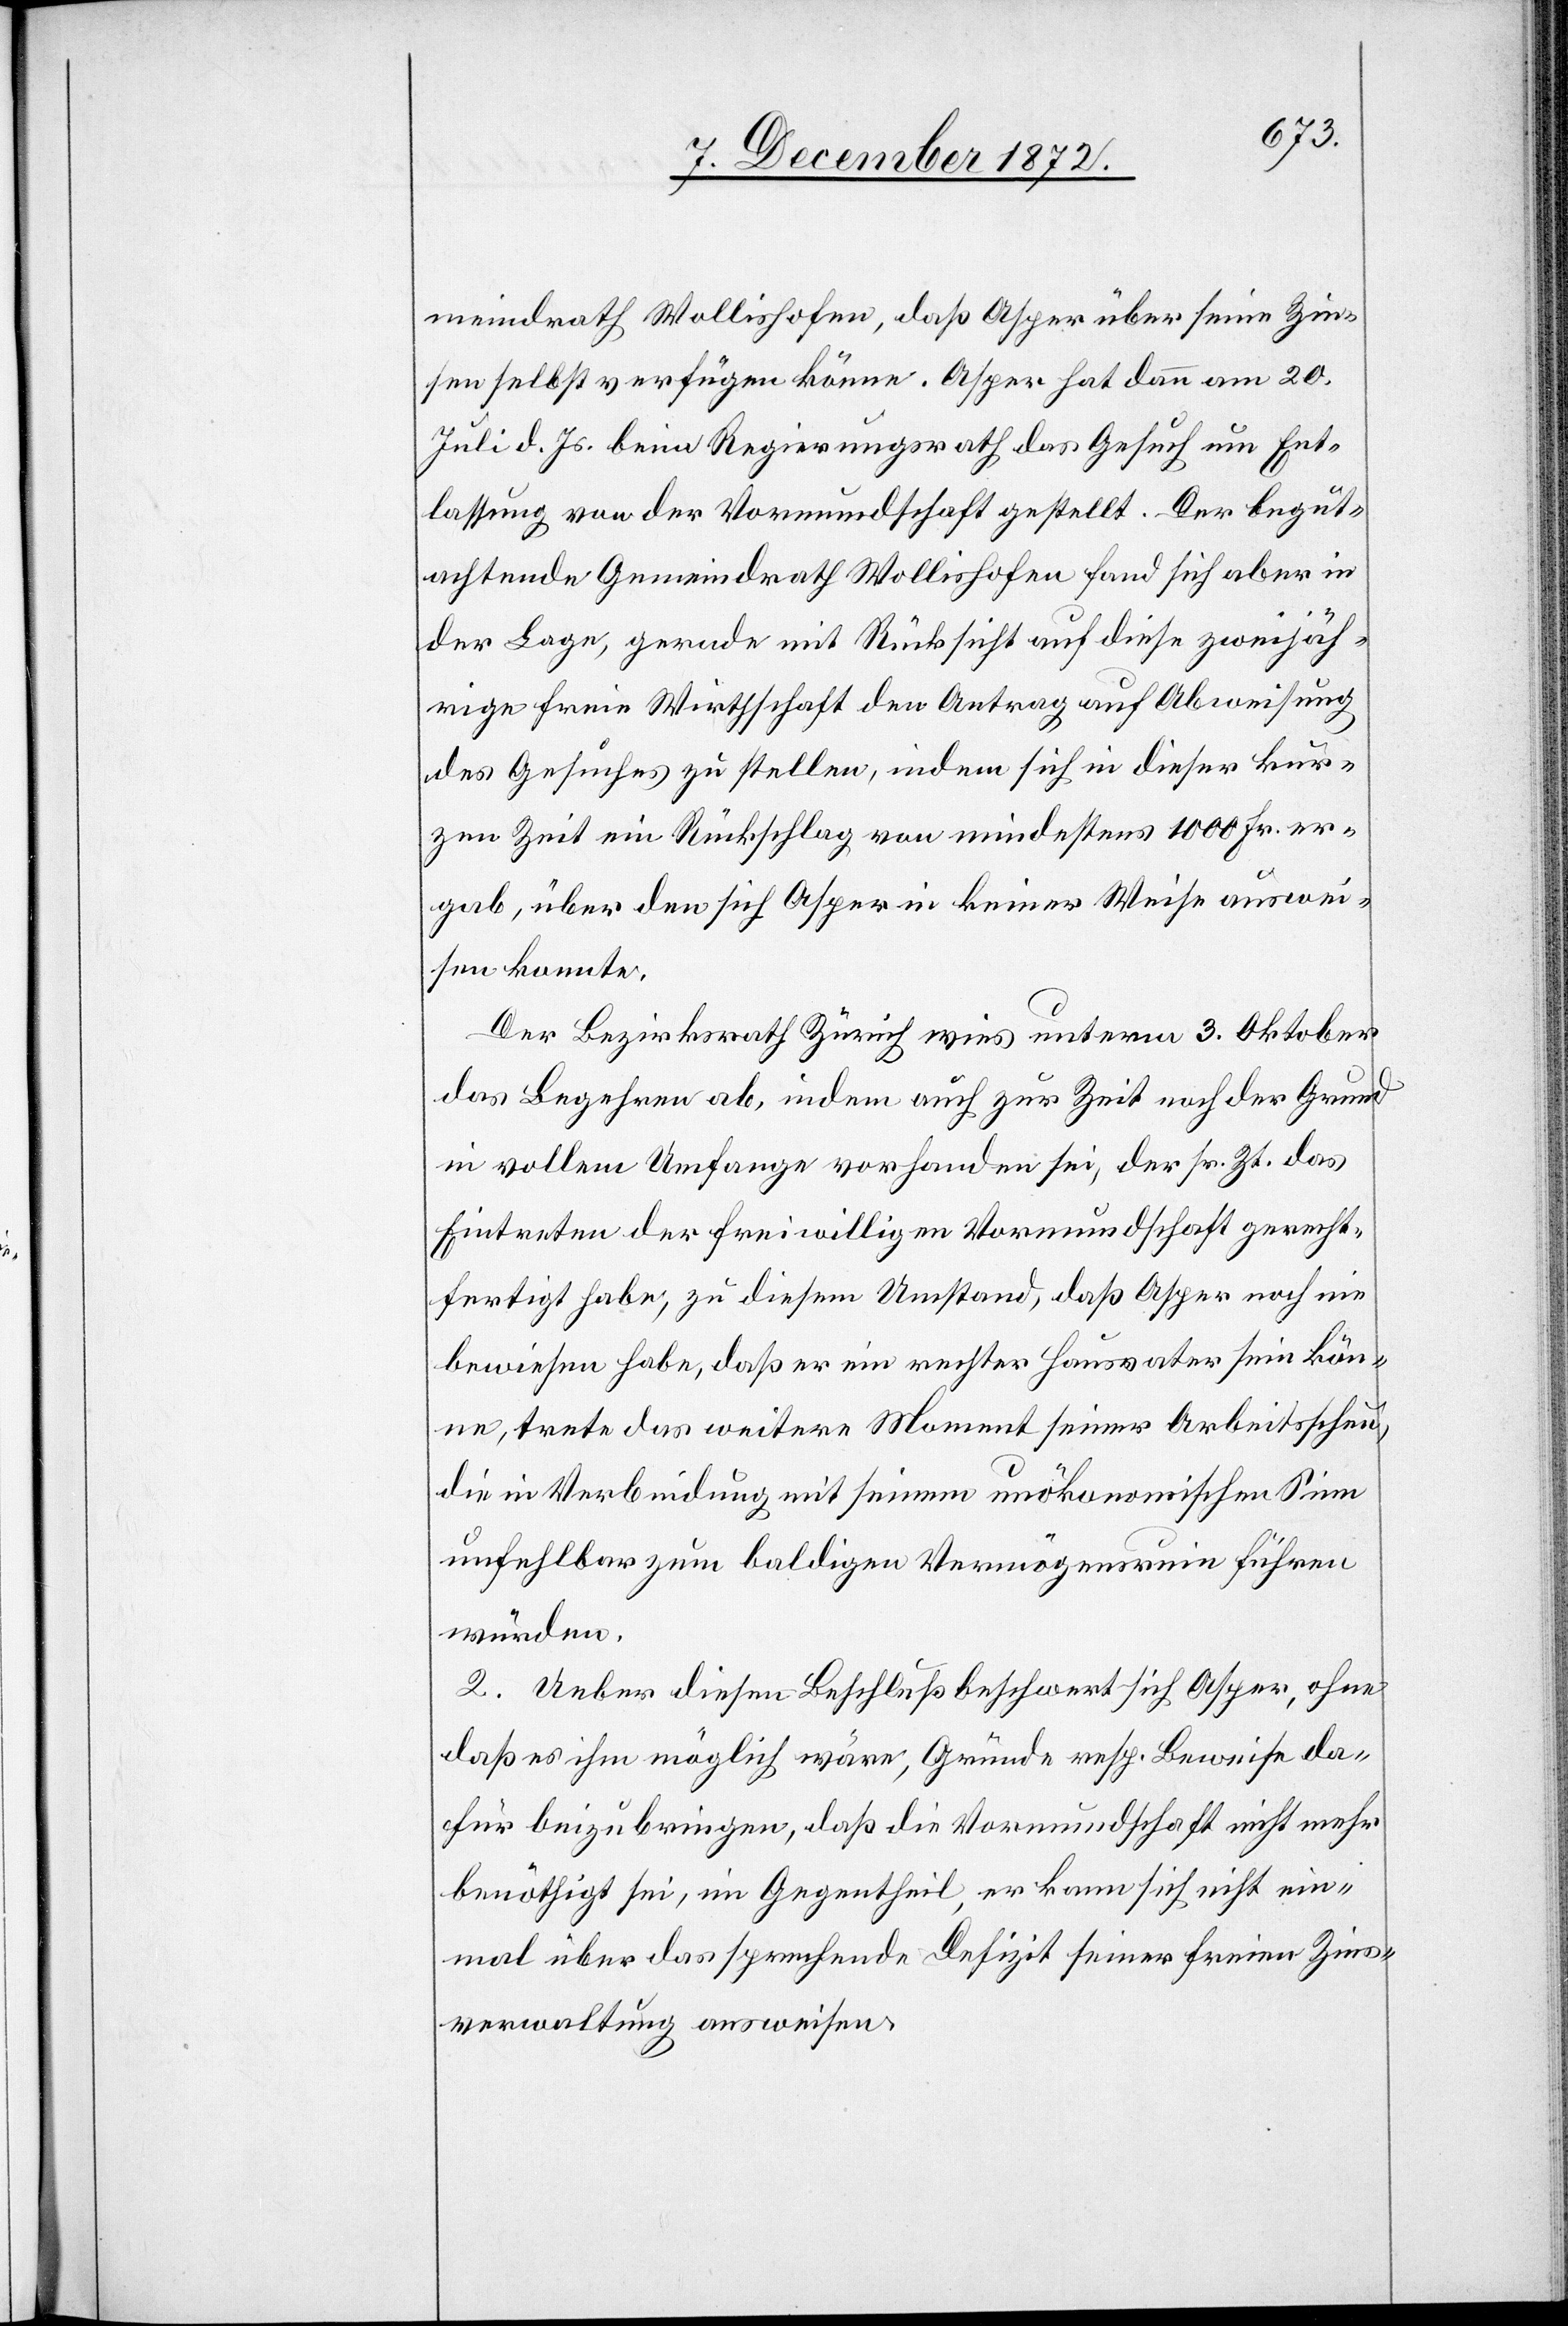
meindrath Wollishofen, daß Asper über seine Zin¬
sen selbst verfügen könne. Asper hat dann am 20.
Juli d. Js. beim Regierungsrath das Gesuch um Ent¬
lassung von der Vormundschaft gestellt. Der begut¬
achtende Gemeindrath Wollishofen fand sich aber in
der Lage, gerade mit Rücksicht auf diese zweijäh¬
rige freie Wirthschaft den Antrag auf Abweisung
des Gesuches zu stellen, indem sich in dieser kur¬
zen Zeit ein Rückschlag von mindestens 1000 Fr. er¬
gab, über den sich Asper in keiner Weise auswei¬
sen konnte.
Der Bezirksrath Zürich wies unterm 3. Oktober
das Begehren ab, indem auch zur Zeit noch der Grund
in vollem Umfange vorhanden sei, der sr. Zt. das
Eintreten der freiwilligen Vormundschaft gerecht¬
fertigt habe, zu diesem Umstand, daß Asper noch nie
bewiesen habe, daß er ein rechter Hausvater sein kön¬
ne, trete das weitere Moment seiner Arbeitsscheu,
die in Verbindung mit seinem unökonomischen Sinn
unfehlbar zum baldigen Vermögensruin führen
würden.
2. Ueber diesen Beschluß beschwert sich Asper, ohne
daß es ihm möglich wäre, Gründe resp. Beweise da¬
für beizubringen, daß die Vormundschaft nicht mehr
benöthigt sei, im Gegentheil, er kann sich nicht ein¬
mal über das sprechende Defizit seiner freien Zins¬
verwaltung ausweisen.